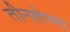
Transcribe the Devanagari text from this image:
तीनशेच्या